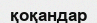
қоқандар